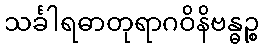
သင်္ခါရဓာတုရာဂဝိနိဗန္ဓဉ္စ